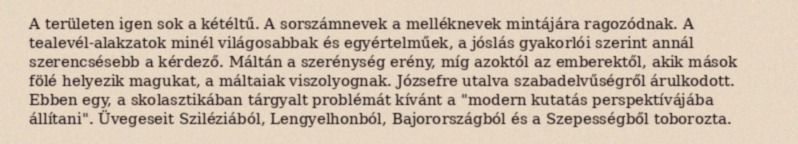
A területen igen sok a kétéltű. A sorszámnevek a melléknevek mintájára ragozódnak. A tealevél-alakzatok minél világosabbak és egyértelműek, a jóslás gyakorlói szerint annál szerencsésebb a kérdező. Máltán a szerénység erény, míg azoktól az emberektől, akik mások fölé helyezik magukat, a máltaiak viszolyognak. Józsefre utalva szabadelvűségről árulkodott. Ebben egy, a skolasztikában tárgyalt problémát kívánt a "modern kutatás perspektívájába állítani". Üvegeseit Sziléziából, Lengyelhonból, Bajorországból és a Szepességből toborozta.